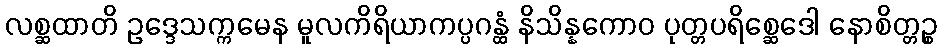
လစ္ဆထာတိ ဥဒ္ဒေသက္ကမေန မူလကိရိယာကပ္ပဂန္ထံ နိသိန္နကောဝ ပုတ္တပရိစ္ဆေဒေါ နောစိတ္တဉ္စ